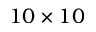
1 0 \times 1 0